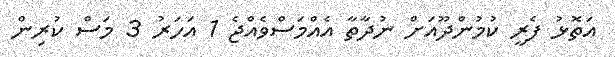
އަތޮޅު ފެރީ ކުމުންދޫއަށް ނުދާތާ އެއްމަސްވެއްޖެ 1 އަހަރު 3 މަސް ކުރިން